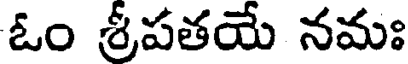
ఓం శ్రీపతయే నమః